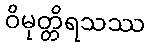
ဝိမုတ္တိရသဿ